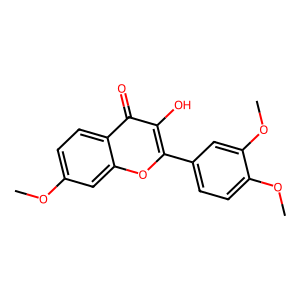
SMILES: COc1ccc2c(=O)c(O)c(-c3ccc(OC)c(OC)c3)oc2c1
Inhibits HIV replication: No